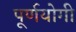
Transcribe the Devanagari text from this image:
पूर्णयोगी